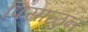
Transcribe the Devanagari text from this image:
पिसाळुन